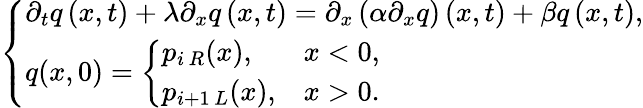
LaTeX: \left\lbrace\begin{array}{l}{\partial_{t}q\left(x,t\right)+\lambda\partial_{x}q\left(x,t\right)=\partial_{x}\left(\alpha\partial_{x}q\right)\left(x,t\right)+\beta q\left(x,t\right),}\\ {q(x,0)=\left\lbrace\begin{array}{ll}{p_{i\, R}(x),}&{x<0,}\\ {p_{i+1\, L}(x),}&{x>0.}\end{array}\right.}\end{array}\right.